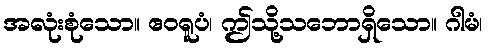
အလုံးစုံသော။ ဧဝရူပံ၊ ဤသို့သဘောရှိသော။ ဂါမံ၊